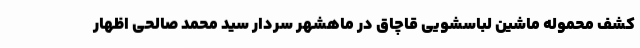
کشف محموله ماشین لباسشویی قاچاق در ماهشهر سردار سید محمد صالحی اظهار